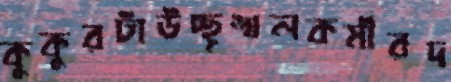
কুকুরটাউচ্ছৃঙ্খলকর্মীরদ